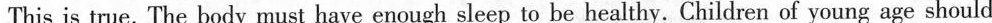
This is true. The body must have enough sleep to be healthy. Children of young age should